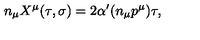
n _ { \mu } X ^ { \mu } ( \tau , \sigma ) = 2 \alpha ^ { \prime } ( n _ { \mu } p ^ { \mu } ) \tau ,